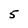
Character: 5